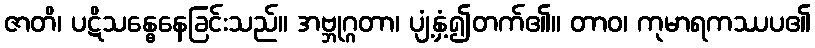
ဇာတိ၊ ပဋိသန္ဓေနေခြင်းသည်။ အဗ္ဘုဂ္ဂတာ၊ ပျံ့နှံ့၍တက်၏။ တာဝ၊ ကုမာရကဿပ၏